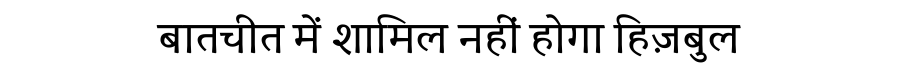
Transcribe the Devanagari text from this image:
बातचीत में शामिल नहीं होगा हिज़बुल